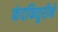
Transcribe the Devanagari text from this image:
फंदफितुरीने